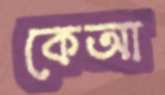
কেআ